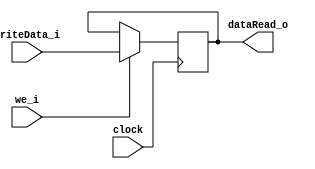
`timescale 1ns / 1ps
//////////////////////////////////////////////////////////////////////////////////
// Company: 
// Engineer: 
// 
// Design Name: 
// Module Name: register0
// Project Name: 
// Target Devices: 
// Tool Versions: 
// Description: 
// 
// Dependencies: 
// 
// Revision:
// Revision 0.01 - File Created
// Additional Comments:
// 
//////////////////////////////////////////////////////////////////////////////////


//Register
module register # (parameter k=128)

( input clock,
input we_i, input [k-1:0] writeData_i, 
output [k-1:0] dataRead_o
);

reg [k-1:0] data = 0;

assign dataRead_o = data;

always @(posedge clock) begin

if (we_i == 1)
	data = writeData_i;

end
endmodule